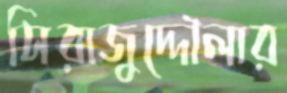
সিরাজুদ্দৌলার